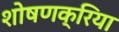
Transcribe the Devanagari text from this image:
शोषणक्रिया